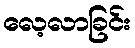
လေ့လာခြင်း